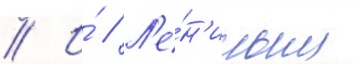
// И́ // Л'е́н'иным